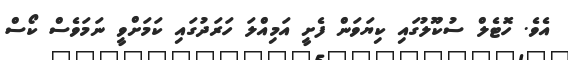
އެވެ. ހޮޓެލް ސުކޫލުގައި ކިޔަވަން ފެށީ އަމިއްލަ ހަރަދުގައި ކަމަށްވީ ނަމަވެސް ކޯސް